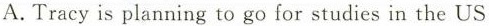
A. Tracy is planning to go for studies in the US